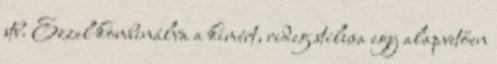
stb. Ezzel kombinálva a kimért, rideg stílusa egy alapvetően